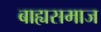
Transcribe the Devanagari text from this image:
बाह्यसमाज